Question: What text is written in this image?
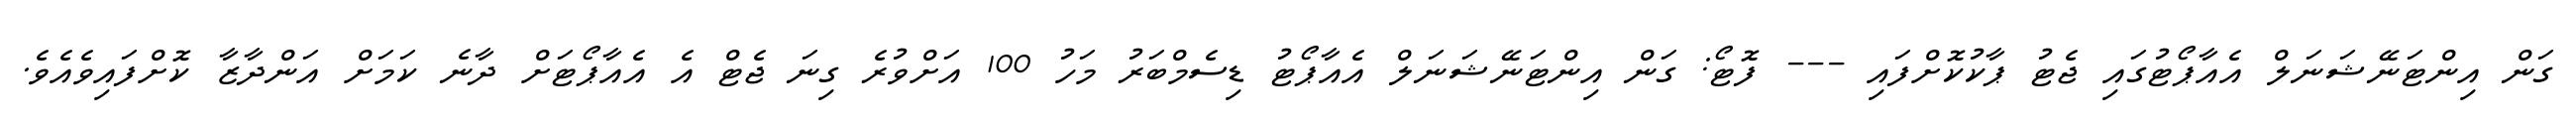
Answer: ގަން އިންޓަނޭޝަނަލް އެއާޕޯޓުގައި ޖެޓު ޕާކުކޮށްފައި --- ފޮޓޯ: ގަން އިންޓަނޭޝަނަލް އެއާޕޯޓު ޑިސެމްބަރު މަހު 100 އަށްވުރެ ގިނަ ޖެޓް އެ އެއާޕޯޓަށް ދާނެ ކަމަށް އަންދާޒާ ކޮށްފައިވެއެވެ.